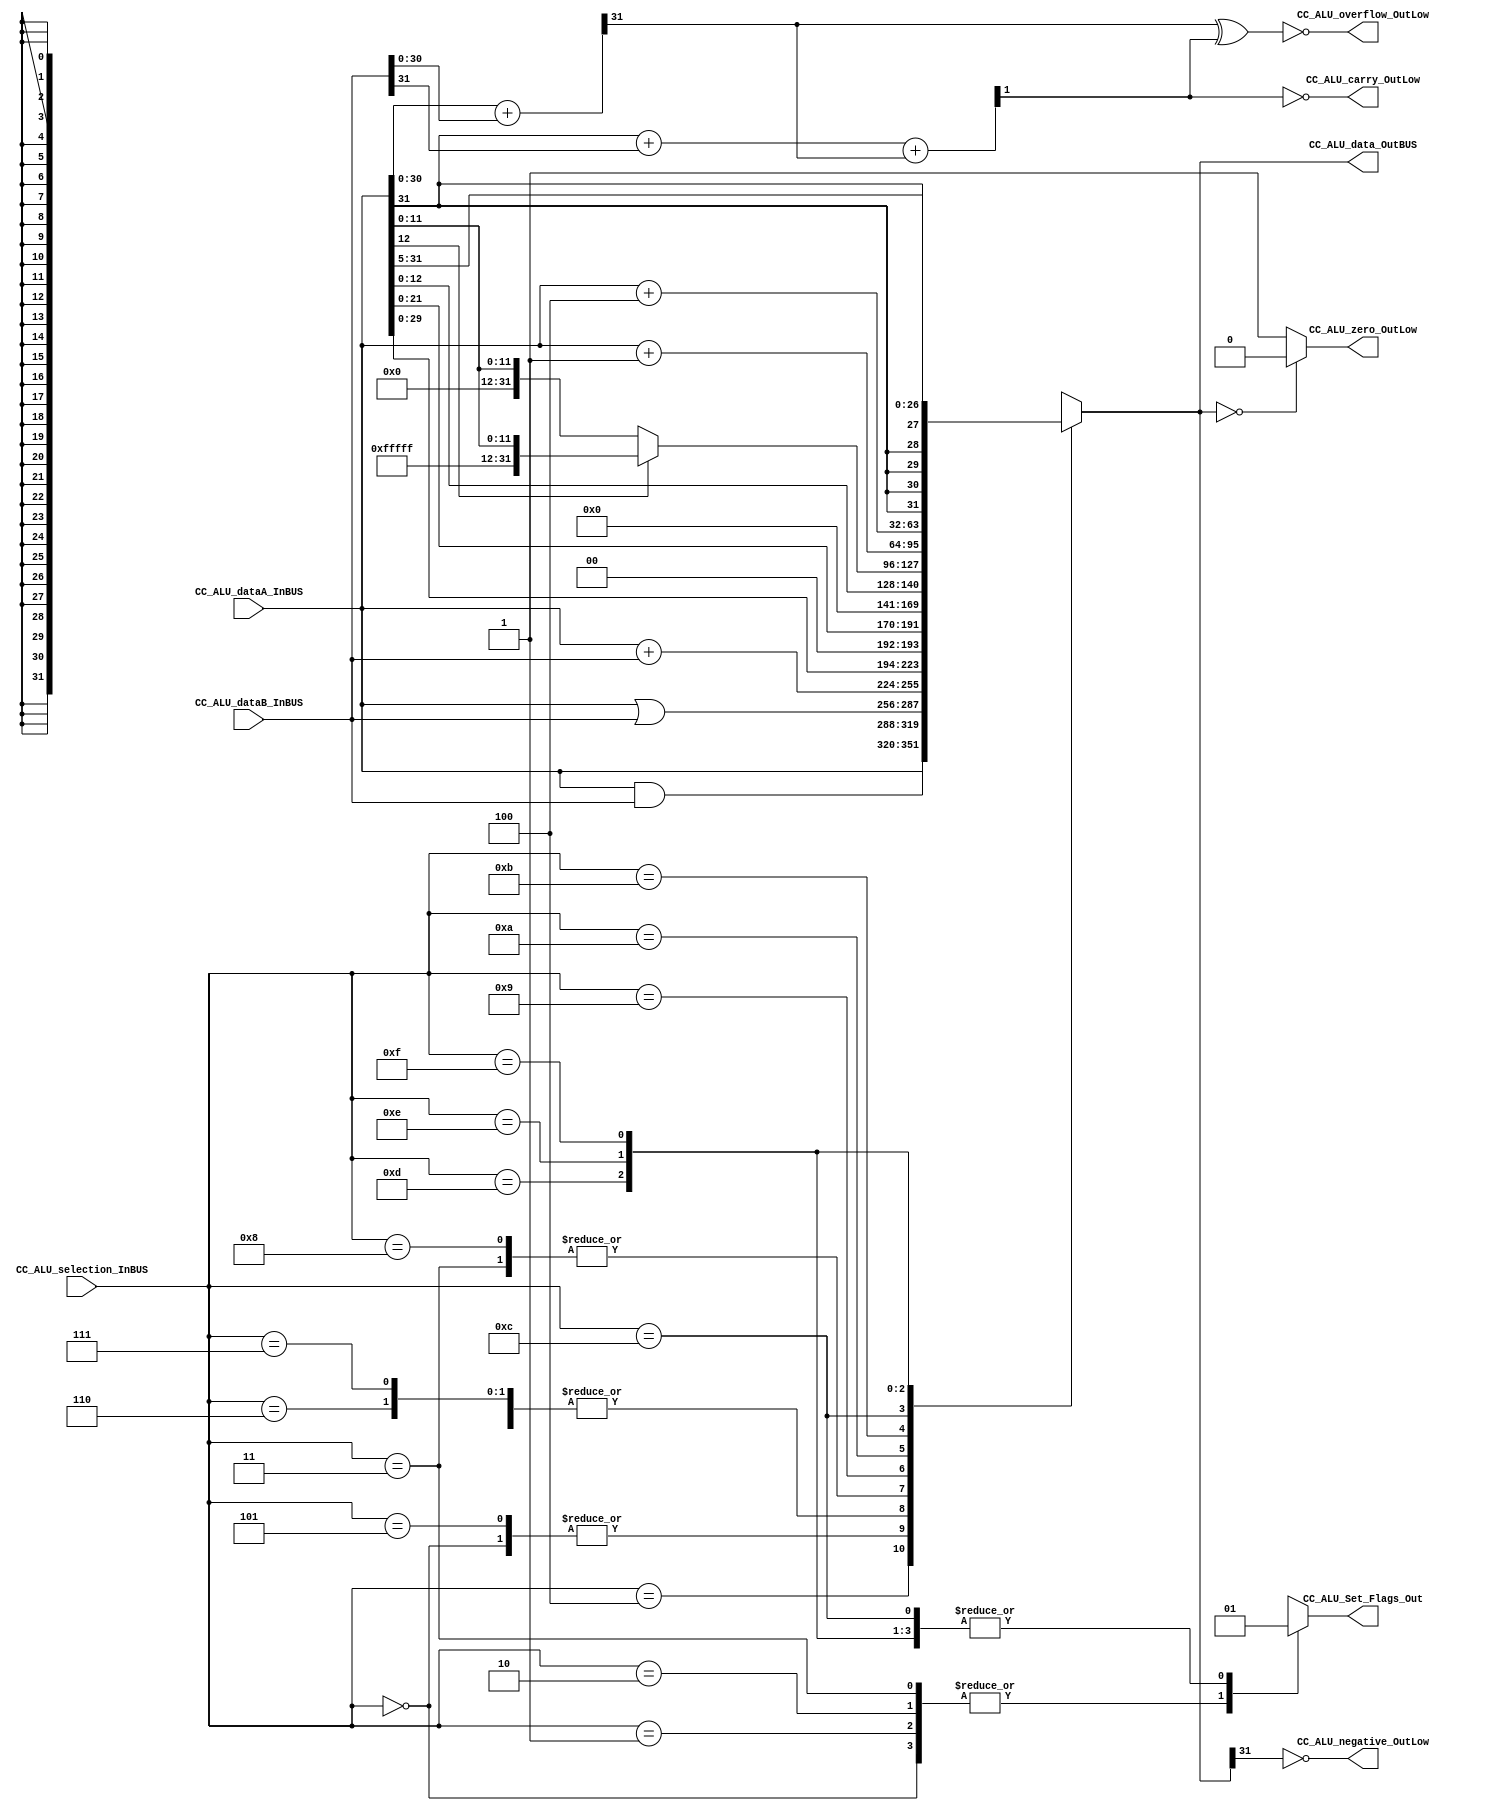
/*######################################################################
//#	G0B1T: HDL EXAMPLES. 2018.
//######################################################################
//# Copyright (C) 2018. F.E.Segura-Quijano (FES) fsegura@uniandes.edu.co
//# 
//# This program is free software: you can redistribute it and/or modify
//# it under the terms of the GNU General Public License as published by
//# the Free Software Foundation, version 3 of the License.
//#
//# This program is distributed in the hope that it will be useful,
//# but WITHOUT ANY WARRANTY; without even the implied warranty of
//# MERCHANTABILITY or FITNESS FOR A PARTICULAR PURPOSE.  See the
//# GNU General Public License for more details.
//#
//# You should have received a copy of the GNU General Public License
//# along with this program.  If not, see <http://www.gnu.org/licenses/>
//####################################################################*/
//=======================================================
//  MODULE Definition
//=======================================================
module CC_ALU #(parameter DATAWIDTH_BUS=32, parameter DATAWIDTH_ALU_SELECTION=4)(
	//////////// OUTPUTS //////////
	CC_ALU_overflow_OutLow,
	CC_ALU_carry_OutLow,
	CC_ALU_negative_OutLow,
	CC_ALU_zero_OutLow,
	CC_ALU_data_OutBUS,
	CC_ALU_Set_Flags_Out,
	//////////// INPUTS //////////
	CC_ALU_dataA_InBUS,
	CC_ALU_dataB_InBUS,
	CC_ALU_selection_InBUS
);
//=======================================================
//  PARAMETER declarations
//=======================================================

//=======================================================
//  PORT declarations
//=======================================================

//////////// OUTPUTS //////////
output 			CC_ALU_overflow_OutLow;
output 			CC_ALU_carry_OutLow;
output 			CC_ALU_negative_OutLow;
output 			CC_ALU_zero_OutLow;
output reg		CC_ALU_Set_Flags_Out;
output reg		[DATAWIDTH_BUS-1:0] CC_ALU_data_OutBUS;

//////////// INPUTS //////////
input			[DATAWIDTH_BUS-1:0] CC_ALU_dataA_InBUS;
input			[DATAWIDTH_BUS-1:0] CC_ALU_dataB_InBUS;
input			[DATAWIDTH_ALU_SELECTION-1:0] CC_ALU_selection_InBUS;
//=======================================================
//  REG/WIRE declarations
//=======================================================
wire caover,cout;
wire [DATAWIDTH_BUS-2:0] addition0; // Variable usada para la operacin suma y para determinar las flags
wire addition1;		// Variable usada para la operacin suma y para determinar las flags
//=======================================================
//  Structural coding
//=======================================================
//INPUT LOGIC: COMBINATIONAL
always@(*)
begin
	case (CC_ALU_selection_InBUS)	
		4'b0000:  begin
			 CC_ALU_data_OutBUS = CC_ALU_dataA_InBUS & CC_ALU_dataB_InBUS;	//ANDCC
			 CC_ALU_Set_Flags_Out = 1'b0;
			 end
		4'b0001:  begin
			 CC_ALU_data_OutBUS = CC_ALU_dataA_InBUS | CC_ALU_dataB_InBUS;	//ORCC
			 CC_ALU_Set_Flags_Out = 1'b0;
			 end
		4'b0010:  begin
			 CC_ALU_data_OutBUS = CC_ALU_dataA_InBUS | CC_ALU_dataB_InBUS; //NORCC
			 CC_ALU_Set_Flags_Out = 1'b0;
			end
		4'b0011:  begin
			 CC_ALU_data_OutBUS = CC_ALU_dataA_InBUS + CC_ALU_dataB_InBUS;	//ADDCC
			 CC_ALU_Set_Flags_Out = 1'b0;
			 end
		4'b0100:  begin
			 CC_ALU_data_OutBUS = CC_ALU_dataA_InBUS;	//SRL
			 CC_ALU_Set_Flags_Out = 1'b1;
			 end
		4'b0101:  begin
			 CC_ALU_data_OutBUS = CC_ALU_dataA_InBUS & CC_ALU_dataB_InBUS;	 //AND
			 CC_ALU_Set_Flags_Out = 1'b1;
			 end
		4'b0110:  begin
			 CC_ALU_data_OutBUS = CC_ALU_dataA_InBUS | CC_ALU_dataB_InBUS;	 //OR
			 CC_ALU_Set_Flags_Out = 1'b1;
			 end
		4'b0111:  begin
			 CC_ALU_data_OutBUS = CC_ALU_dataA_InBUS | CC_ALU_dataB_InBUS;	//NOR
			 CC_ALU_Set_Flags_Out = 1'b1;
			 end
		4'b1000:  begin
			 CC_ALU_data_OutBUS = CC_ALU_dataA_InBUS + CC_ALU_dataB_InBUS;	//ADD
			 CC_ALU_Set_Flags_Out = 1'b1;
			 end
		4'b1001:  begin
			 CC_ALU_data_OutBUS = {CC_ALU_dataA_InBUS[29:0], 2'b00};	//LSHIFT2
			 CC_ALU_Set_Flags_Out = 1'b1;
			 end
		4'b1010:  begin
			 CC_ALU_data_OutBUS = {CC_ALU_dataA_InBUS[21:0], 10'b0000000000};	//LSHIFT10
			 CC_ALU_Set_Flags_Out = 1'b1;
			 end
		4'b1011:  begin
			 CC_ALU_data_OutBUS = {19'b0000000000000000000,CC_ALU_dataA_InBUS[DATAWIDTH_BUS-20:0]}; //SIMM13
			 CC_ALU_Set_Flags_Out = 1'b1;
			 end
		4'b1100:  begin
				if(CC_ALU_dataA_InBUS[12]==1) begin //SEXT13 
						CC_ALU_data_OutBUS = {19'b1111111111111111111, CC_ALU_dataA_InBUS[12:0]};
						CC_ALU_Set_Flags_Out = 1'b1;
					end
				else
					begin
						CC_ALU_data_OutBUS = {19'b0000000000000000000, CC_ALU_dataA_InBUS[12:0]};
						CC_ALU_Set_Flags_Out = 1'b1;
					end
			 end
		4'b1101:  begin
			 CC_ALU_data_OutBUS = CC_ALU_dataA_InBUS + 1'b1;		//INC
			 CC_ALU_Set_Flags_Out = 1'b1;
			 end
		4'b1110:  begin
			 CC_ALU_data_OutBUS = CC_ALU_dataA_InBUS + 3'b100;		//INCPC
			 CC_ALU_Set_Flags_Out = 1'b1;
			 end
		4'b1111:  begin
			 CC_ALU_data_OutBUS = {CC_ALU_dataA_InBUS[DATAWIDTH_BUS-1],CC_ALU_dataA_InBUS[DATAWIDTH_BUS-1],CC_ALU_dataA_InBUS[DATAWIDTH_BUS-1],CC_ALU_dataA_InBUS[DATAWIDTH_BUS-1],CC_ALU_dataA_InBUS[DATAWIDTH_BUS-1], CC_ALU_dataA_InBUS[DATAWIDTH_BUS-1:5]};	//RSHIFT5
			 CC_ALU_Set_Flags_Out = 1'b1;
			 end	
		default : begin 
				CC_ALU_data_OutBUS = CC_ALU_dataA_InBUS; // Default
				CC_ALU_Set_Flags_Out = 1'b1;
			end
	endcase
end
//=======================================================
//  Outputs
//=======================================================
/*Flags*/
assign {caover,addition0[DATAWIDTH_BUS-2:0]}=CC_ALU_dataA_InBUS[DATAWIDTH_BUS-2:0] + CC_ALU_dataB_InBUS[DATAWIDTH_BUS-2:0]; 	// Determinacin de carry del bit nmero 7
assign {cout,addition1}= CC_ALU_dataA_InBUS[DATAWIDTH_BUS-1] + CC_ALU_dataB_InBUS[DATAWIDTH_BUS-1] + caover;	// Determinacin de la flag Carry y la suma de busA y busB
assign CC_ALU_zero_OutLow=(CC_ALU_data_OutBUS==8'b00000000) ? 1'b0 : 1'b1;	// Determinacin de la flag Zero
assign CC_ALU_carry_OutLow = ~cout;
assign CC_ALU_overflow_OutLow = ~ (caover ^ cout);		// Determinacin de la flag Ov a partir de la flag Carry y el carry del bit 7
assign CC_ALU_negative_OutLow = ~ (CC_ALU_data_OutBUS[DATAWIDTH_BUS-1]);	

endmodule